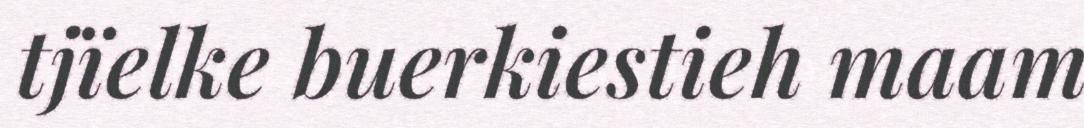
tjïelke buerkiestieh maam